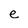
Character: e